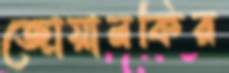
জোয়ানকির